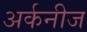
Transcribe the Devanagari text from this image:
अर्कनीज